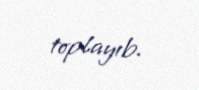
toplayıb.